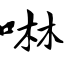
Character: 啉